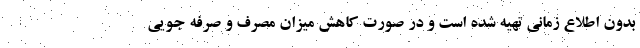
بدون اطلاع زمانی تهیه شده است و در صورت کاهش میزان مصرف و صرفه جویی